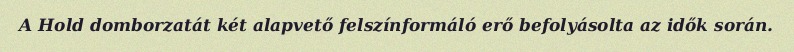
A Hold domborzatát két alapvető felszínformáló erő befolyásolta az idők során.